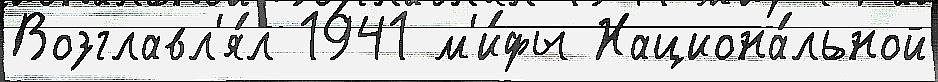
Возглавл'я́л 1941 м'и́фы Национа́льной